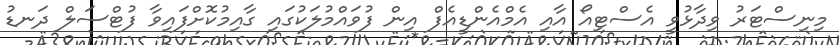
މިނިސްޓަރު ވިދާޅުވީ އެސްޓިއޯ އާއި އެމްއެންޑީއެފް އިން ފުވައްމުލަކުގައި ގާއިމުކޮށްފައިވާ ފުޓްސަލް ދަނޑު